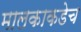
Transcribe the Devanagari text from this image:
मालकाकडेच